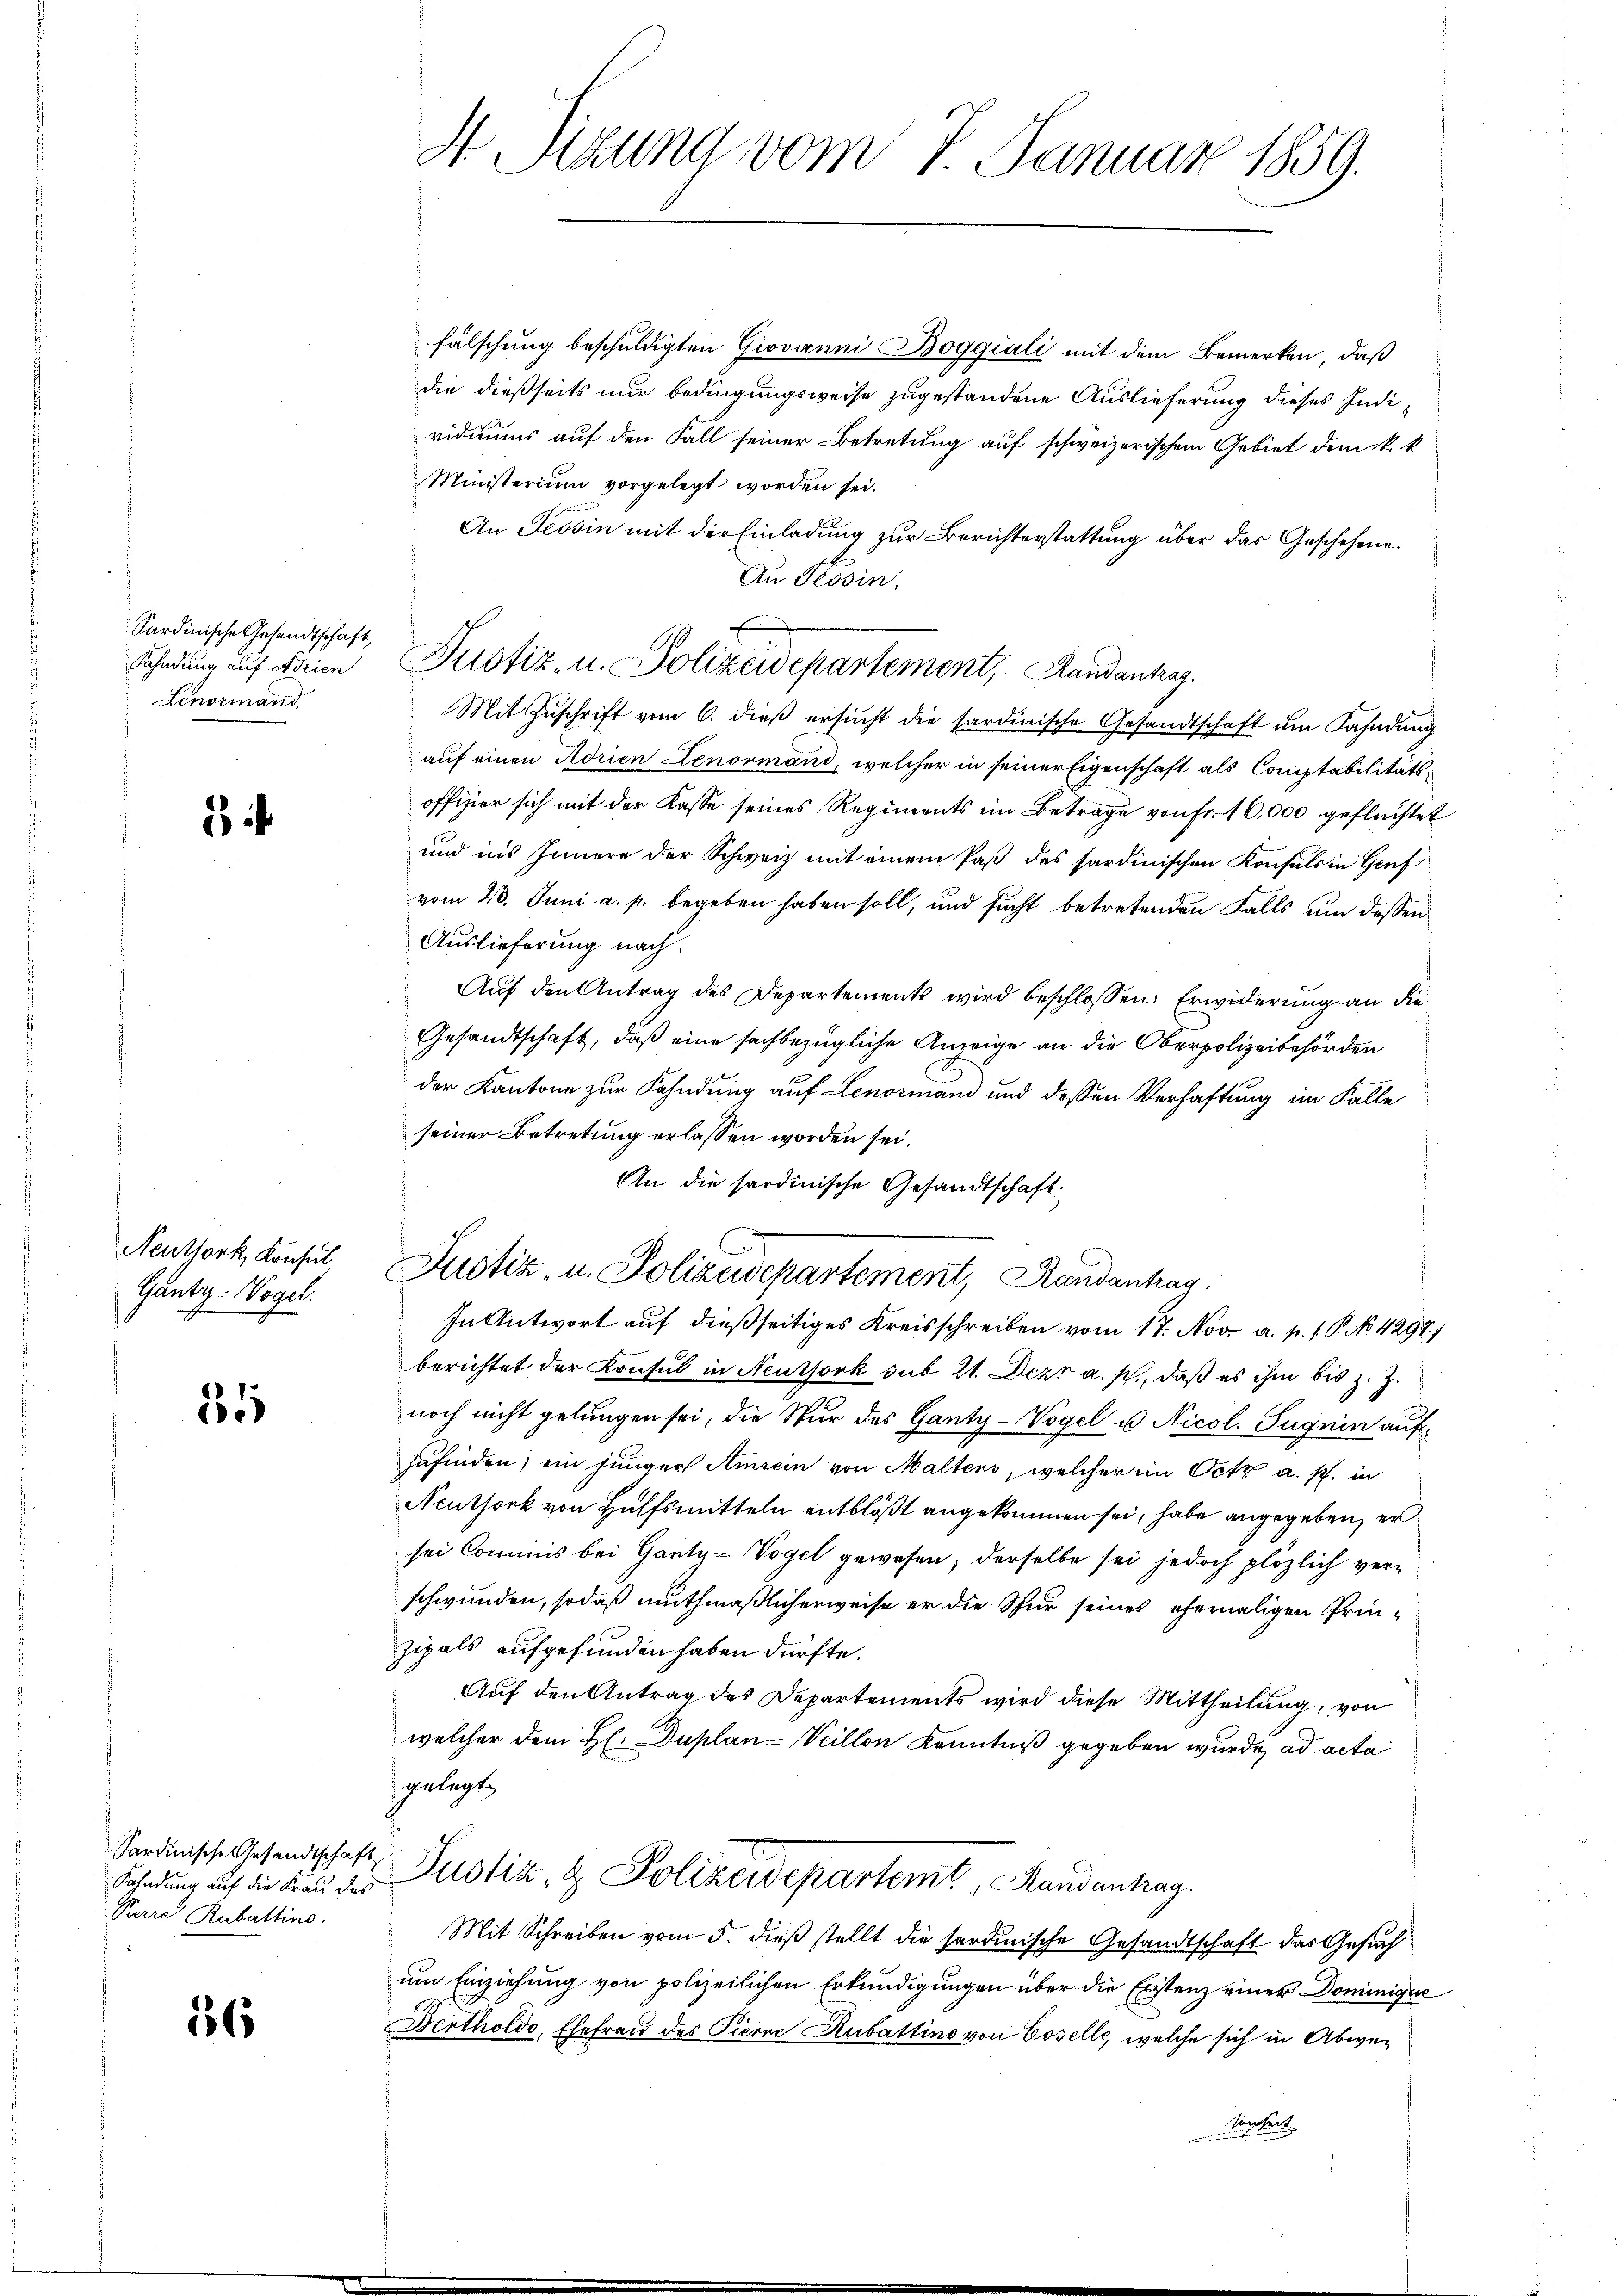
Sardinische Gesandtschaft,
Fahndung auf Adrien
Lenormand

1

Neuttork, Konsul
Gunty-Wogel.

34

Sardinische Gesandtschaft
Pierre Rubattino.

56

H Sizung vom 7. Januar 1859.

fälschung beschuldigten Giovanni Boggiali mit dem Bemerken, daß
die dießseits nur bedingungsweise zugestandene Auslieferung dieses Individuums auf den Fall seiner Betretung auf schweizerischem Gebiet dem k. k.
Ministerium vorgelegt worden sei.
An Tessin mit der Einladung zur Berichterstattung über das Geschehene
An Klösin.
Mit Zuschrift vom 6. dieß ersucht die sardinische Gesandtschaft um Fahndung
auf einen Adrien Lenormand, welcher in seiner Eigenschaft als Comptabilitätsoffizier sich mit der Kasse seines Regiments im Betrage von Fr. 16,000 geflüchtet
und ins Innere der Schweiz mit einem Paß des sardinischen Konsuls in Genf
vom 23. Juni a. p. begeben haben soll, und sucht betretenden Falls um dessen
Auslieferung nach.
Auf den Antrag des Departements wird beschlossen: Erwiderung an die
Gesandtschaft, daß eine sachbezügliche Anzeige an die Oberpolizeibehörden
der Kantone zur Fahndung auf Lenormand und dessen Verhaftung im Falle
seiner Betretung erlassen worden sei.
An die sardinische Gesandtschaft
Justiz- u. Polizeidepartement, Randantrag
In Antwort auf dießseitiges Kreisschreiben vom 17. Nov. a. p. 1. P. No. 4297)
berichtet der Konsul in Neuthork sub 21. Dezr a. p., daß es ihm bis z. Z.
noch nicht gelungen sei, die Nur des Ganty-Vogel u Nicol.Sugnen aufzufinden; ein junger Amrein von Maltens, welcher im Octr a. p. in
Neuthork von Hülfsmitteln entblößt angekommen sei, habe angegeben, er
sei Commis bei Ganty-Vogel gewesen; derselbe sei jedoch plözlich ver-
schwunden, sodaß muthmaßlicherweise er die Schur seines ehemaligen Prinzipals aufgefunden haben dürfte.
Auf den Antrag des Departements wird diese Mittheilung, von
welcher dem H. Duplan- Veillon Kenntniß gegeben wurde, ad acta
gelegt
Fahndŭng auf die Fraŭ der Justiz- & Polizeidepartemt, Randantrag.
Mit Schreiben vom 5. dieß stellt die sardinische Gesandtschaft das Gesuch
um Einziehung von polizeilichen Erkundigungen über die Existenz einer Dominigun
Dertholdo, Ehefrau des Pierre Rubattino von Coselle, welche sich in Abwe¬
Sondert

Justiz, u. Polizeidepartement, Landanhag